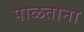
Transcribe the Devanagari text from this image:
पाळताना